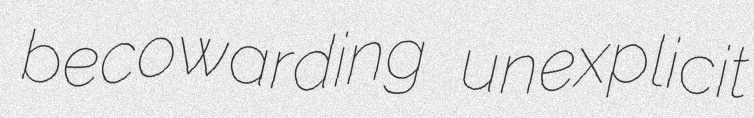
becowarding unexplicit